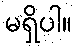
မရှိပါ။